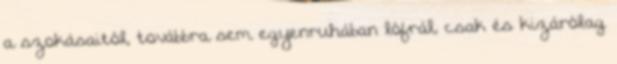
a szokásaitól, továbbra sem egyenruhában lófrál, csak és kizárólag